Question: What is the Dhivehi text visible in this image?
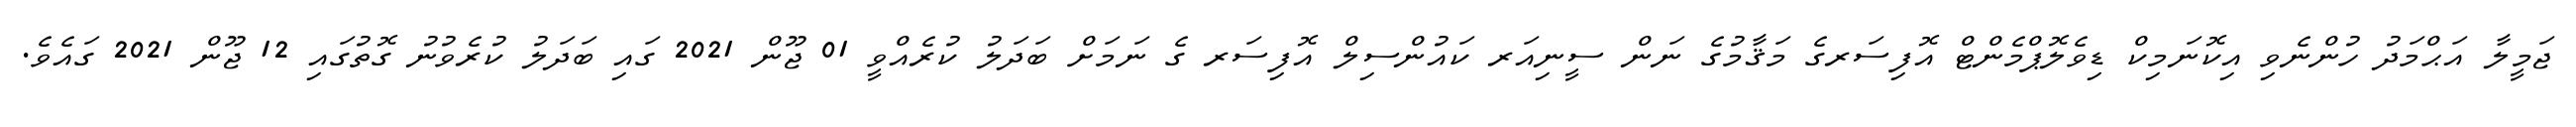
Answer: ޖަމީލާ އަޙްމަދު ހުންނެވި އިކޮނަމިކް ޑިވެލޮޕްމެންޓް އޮފިސަރގެ މަޤާމުގެ ނަން ސީނިއަރ ކައުންސިލް އޮފިސަރ ގެ ނަމަށް ބަދަލު ކުރެއްވީ 01 ޖޫން 2021 ގައި ބަދަލު ކުރެވުނު ގޮތުގައި 12 ޖޫން 2021 ގައެވެ.